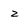
Character: Z